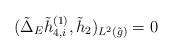
LaTeX: \begin{align*}(\tilde{\Delta}_E\tilde{h}_{4,i}^{(1)},\tilde{h}_2)_{L^2(\tilde{g})}=0\end{align*}